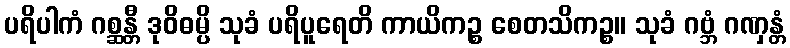
ပရိပါကံ ဂစ္ဆန္တီ ဒုဝိဓမ္ပိ သုခံ ပရိပူရေတိ ကာယိကဉ္စ စေတသိကဉ္စ။ သုခံ ဂဗ္ဘံ ဂဏှန္တံ